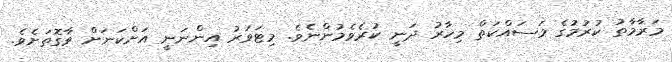
މަރާމާތު ކުރުމުގެ މަސައްކަތް މިހާރު ދަނީ ކުރެވެމުންނެވެ. މިޓަވަރު އިންނަނީ އަށްކަނަށް ވާގޮތަށެވެ.